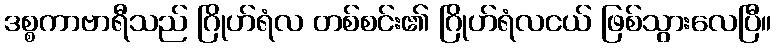
ဒစ္စကာဗာရီသည် ဂြိုဟ်ရံလ တစ်စင်း၏ ဂြိုဟ်ရံလငယ် ဖြစ်သွားလေပြီ။